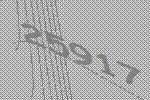
25917